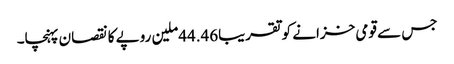
جس سے قومی خزانے کو تقریبا44.46ملین روپے کا نقصان پہنچا۔